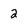
Character: 2